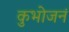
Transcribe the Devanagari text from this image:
कुभोजनं